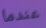
عندما